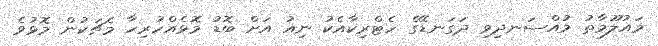
މައުލޫމާތު މުއްސަނދިވި ދަގަނޑޭގެ ހެޓްރިކާއެކު ނިއު އަށް ބޮޑު މޮޅެއްހުރިހާ މެޗަކުން މޮޅުވެ